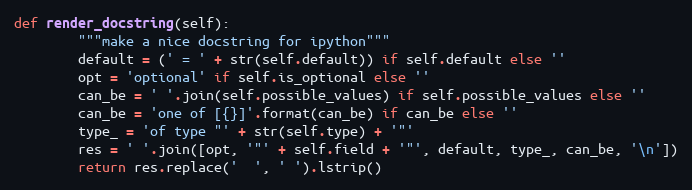
Language: Python
def render_docstring(self):
        """make a nice docstring for ipython"""
        default = (' = ' + str(self.default)) if self.default else ''
        opt = 'optional' if self.is_optional else ''
        can_be = ' '.join(self.possible_values) if self.possible_values else ''
        can_be = 'one of [{}]'.format(can_be) if can_be else ''
        type_ = 'of type "' + str(self.type) + '"'
        res = ' '.join([opt, '"' + self.field + '"', default, type_, can_be, '\n'])
        return res.replace('  ', ' ').lstrip()